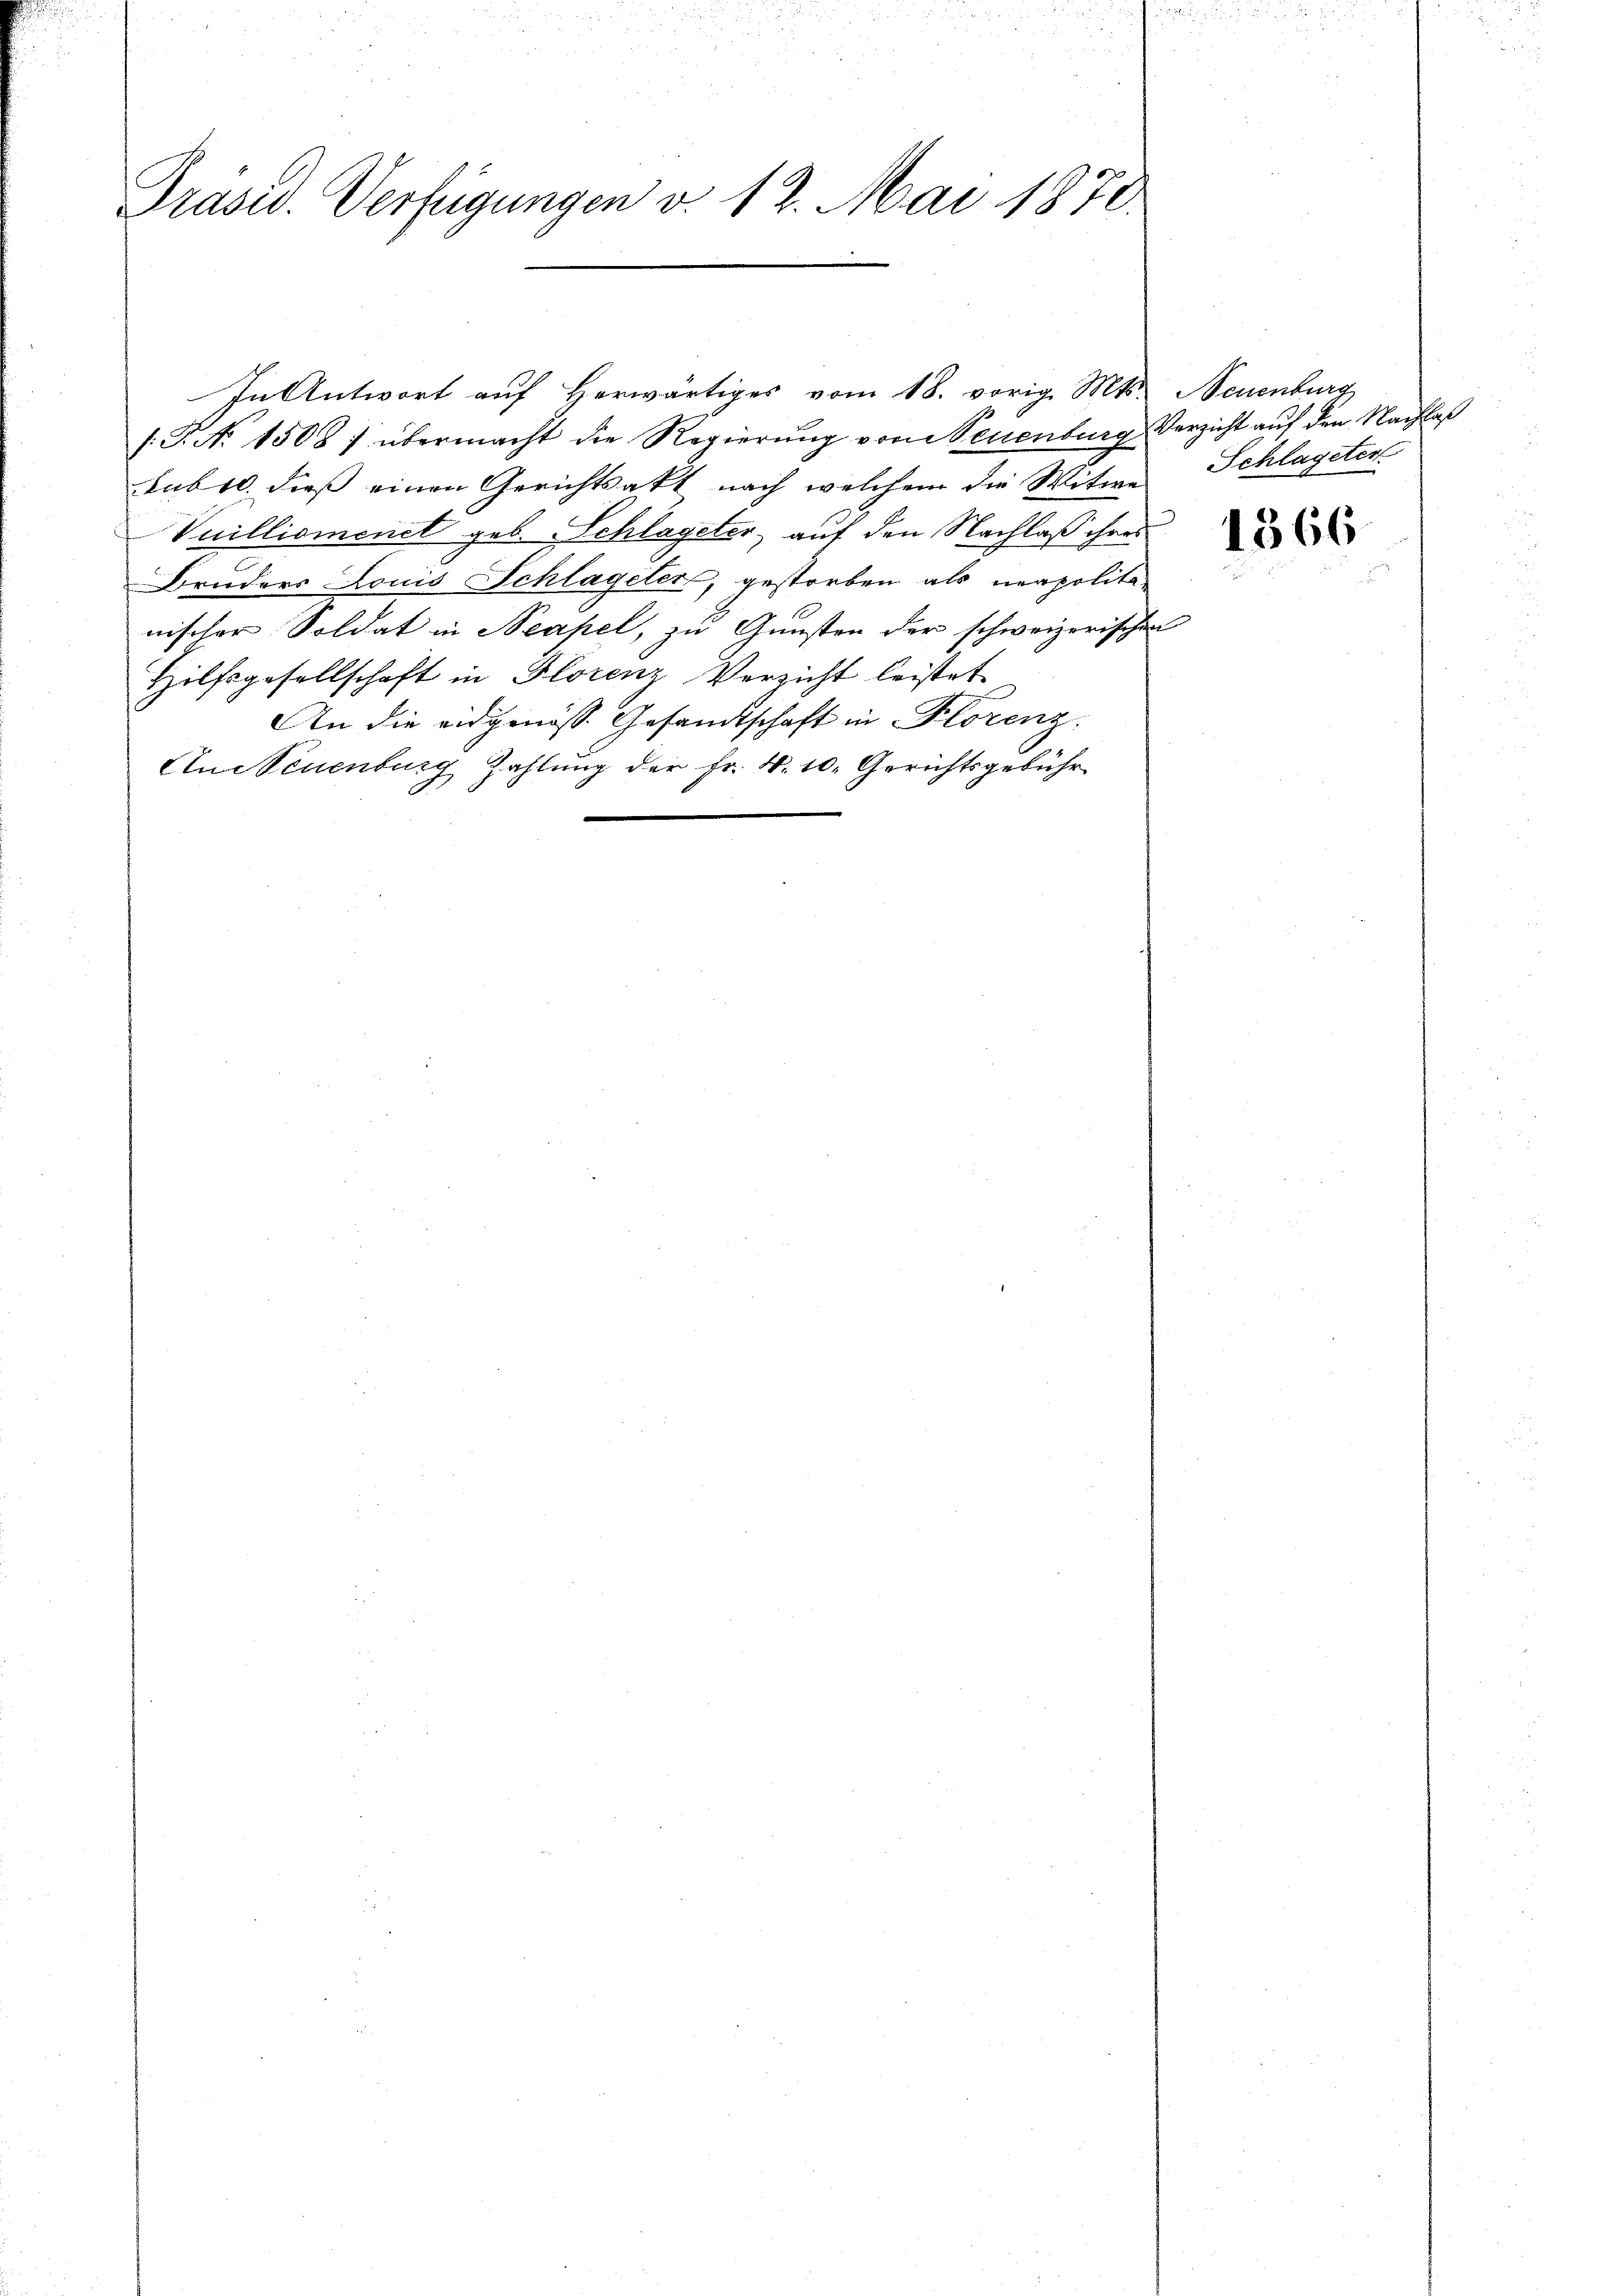
Präsid. Verfügungen v. 12. Mai 1878

1. P. Nr. 1508 / übermacht die Regierŭng von Neuenburg Verzicht aŭf den Nachlaß
sube, dieß einen Gerichtsakt nach welchem die Witwe Schlageter
Vuillionenet geb. Schlageter, auf den Nachlaß ihres
Bruders Louis Schlageler, gestorben als neapolita-
nischer Soldat in Neapel, zu Gunsten der schweizerischen
Hilfsgesellschaft in Florenz Verzicht leistet
An die eidgenöss. Gesandtschaft in Florenz.
Aneuenburg Zahlung der Fr. 4. 10. Gerichtsgebühr

In Antwort auf Herwärtiges vom 18. vorig Mts. Neuenburg

E

1366